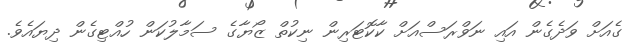
ގެއަށް ވަދެގެން އައި ނަވްރަސްއަށް ކާކޮޓަރިން ނިކުތް ޒޯޔާގެ ސަމާލުކަން ހުއްޓިގެން ދިޔައެވެ.